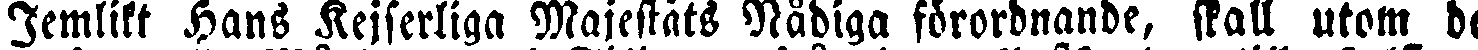
Jemlikt Hans Kejserliga Majestäts Nådiga förordnande, skall utom de